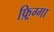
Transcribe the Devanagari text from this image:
फ़्रिग्गा